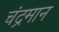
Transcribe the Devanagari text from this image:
चंद्रमान